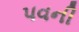
પવની